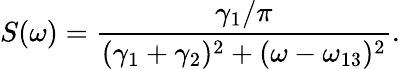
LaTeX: S(\omega)=\frac{\gamma_{1}/\pi}{(\gamma_{1}+\gamma_{2})^{2}+(\omega-\omega_{13})^{2}}.